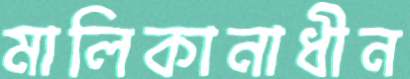
মালিকানাধীন